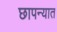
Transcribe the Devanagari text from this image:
छापन्यात